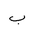
Letter: _ba